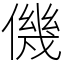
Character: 僟